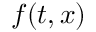
f ( t , x )